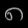
Digit: ၈